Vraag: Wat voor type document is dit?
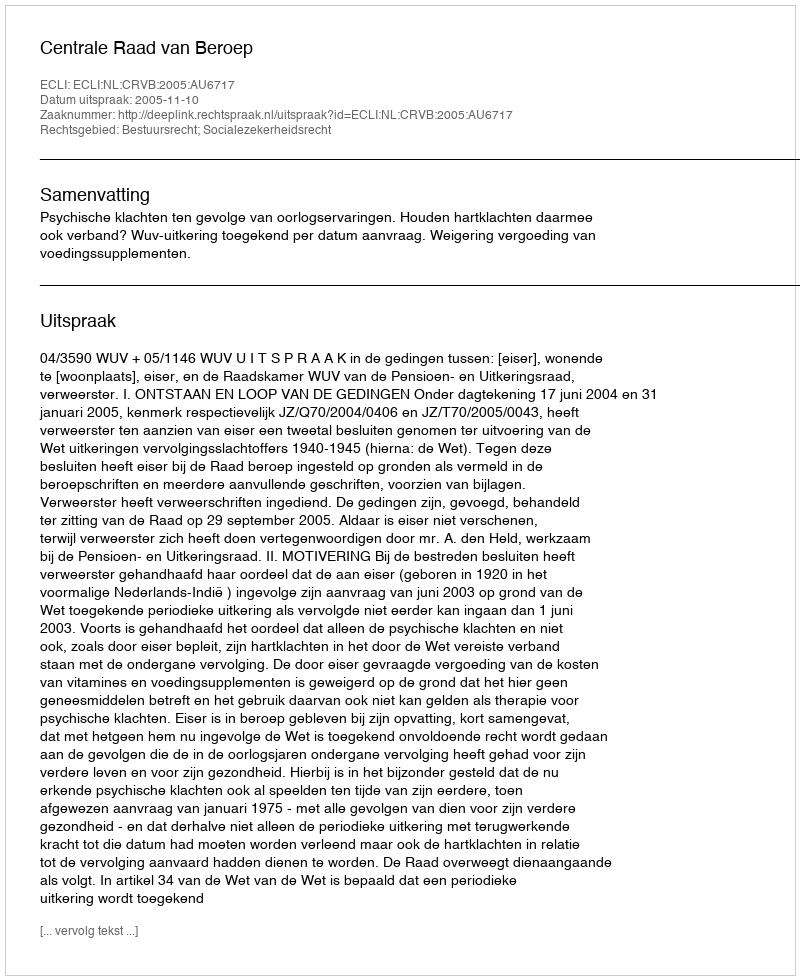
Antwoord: Uitspraak